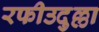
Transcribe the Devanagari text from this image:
रफीउदुल्ला